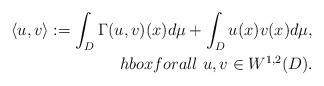
LaTeX: \begin{align*} \langle u,v \rangle := \int_{D} \Gamma(u,v)(x)d\mu+\int_{D}u(x)v(x)d\mu, \\hbox{for all}\ u,v\in W^{1,2}(D). \end{align*}